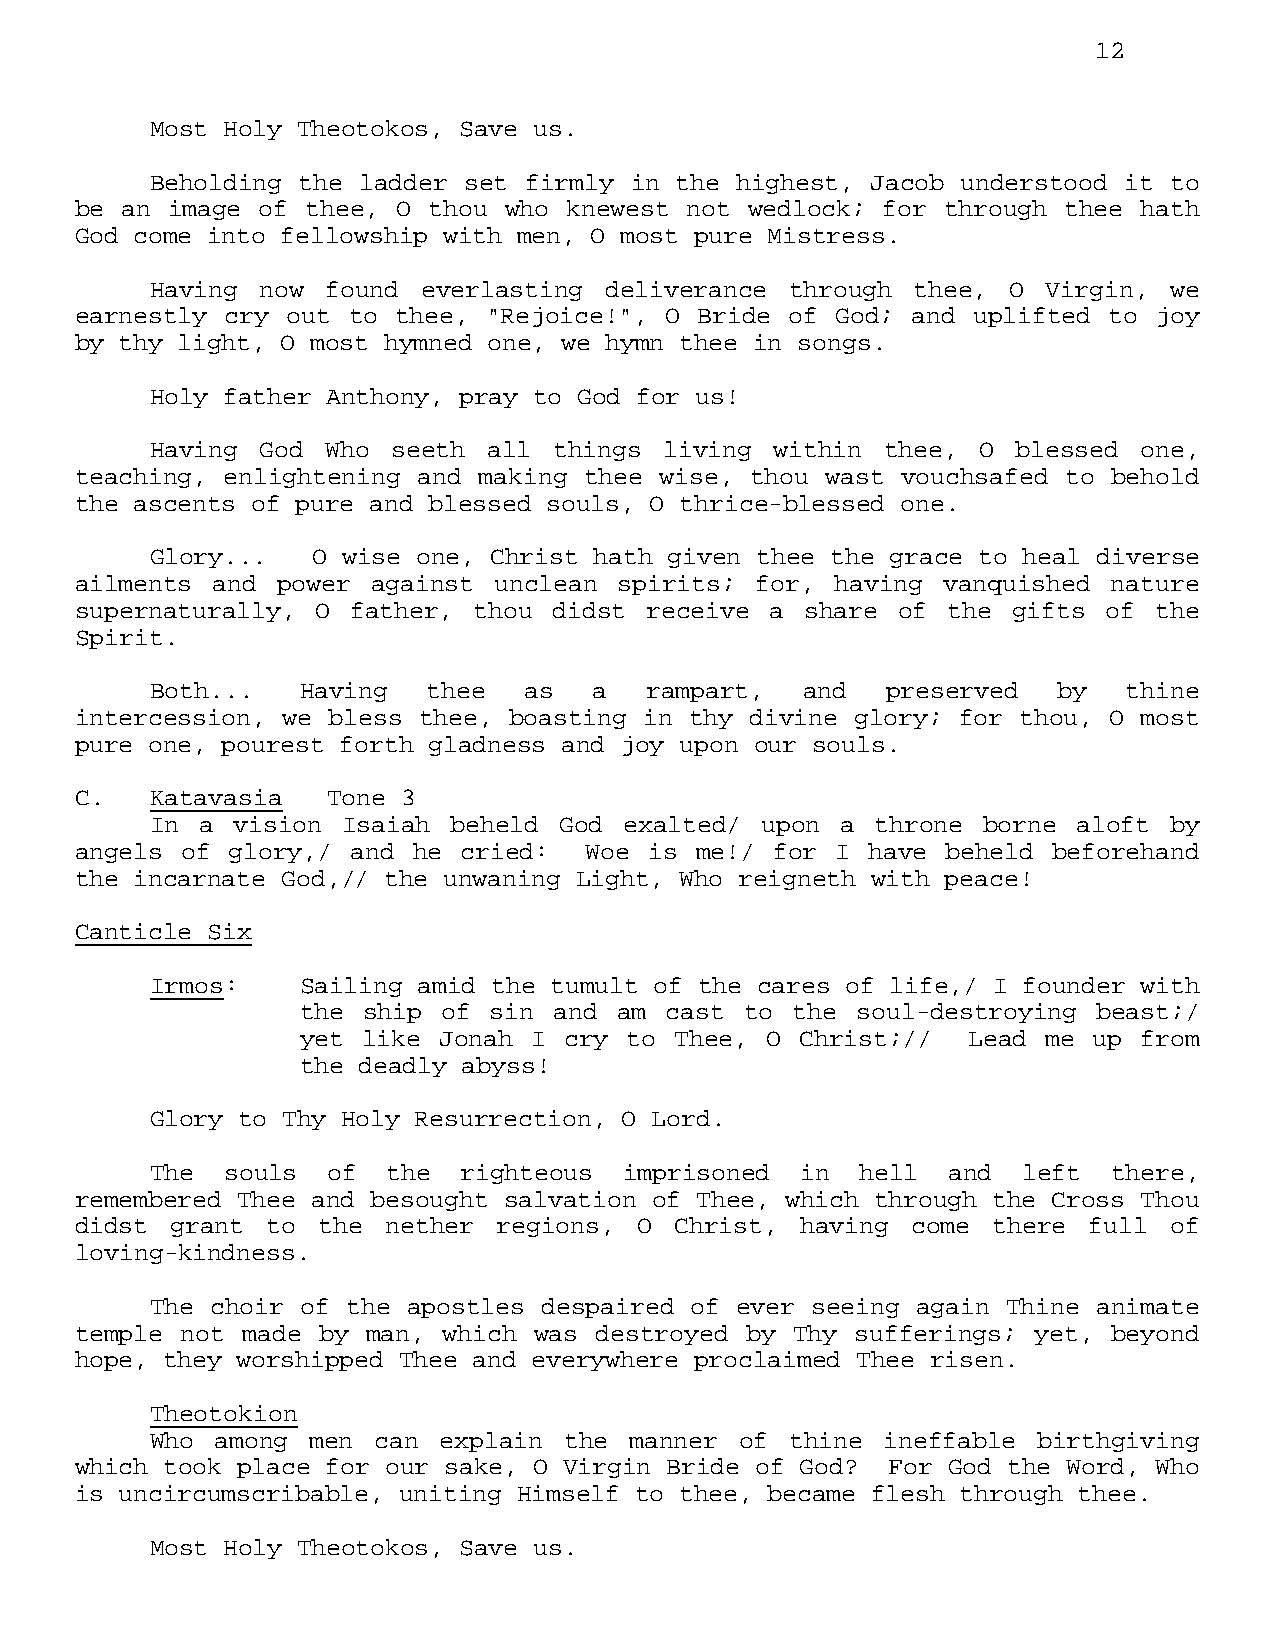
12
 Most Holy Theotokos, Save us.
 Beholding the ladder set firmly in the highest, Jacob understood it to
 be an image of thee, O thou who  knewest not wedlock; for through thee hath
 God come into fellowship with men, O most pure Mistress.
 Having now  found everlasting deliverance through  thee, O Virgin, we
 earnestly cry out to thee, "Rejoice!", O Bride of God; and uplifted to  joy
 by thy light, O most hymned one, we hymn thee in songs.
 Holy father Anthony, pray to God for us!
 Having God  Who seeth all  things living within  thee, O blessed  one,
 teaching, enlightening and making thee wise, thou wast vouchsafed to behold
 the ascents of pure and blessed souls, O thrice-blessed one.
 Glory...   O wise one, Christ hath given thee the grace to heal diverse
 ailments and power  against unclean spirits; for, having vanquished  nature
 supernaturally, O father, thou  didst receive a share  of the gifts of  the
 Spirit.
 Both...   Having  thee   as  a   rampart,  and   preserved  by   thine
 intercession, we bless thee, boasting in thy divine glory; for thou, O most
 pure one, pourest forth gladness and joy upon our souls.
 C.   Katavasia   Tone 3
 In a  vision Isaiah beheld God exalted/ upon  a throne borne aloft by
 angels of glory,/ and he  cried:  Woe is me!/ for I  have beheld beforehand
 the incarnate God,// the unwaning Light, Who reigneth with peace!
 Canticle Six
 Irmos:    Sailing amid the tumult of the cares of life,/ I founder with
 the ship of sin  and am cast to  the soul-destroying beast;/
 yet like Jonah I cry  to Thee, O Christ;//  Lead me up  from
 the deadly abyss!
 Glory to Thy Holy Resurrection, O Lord.
 The  souls  of  the  righteous imprisoned  in  hell  and  left  there,
 remembered Thee and besought salvation of Thee, which through the Cross Thou
 didst grant  to the  nether regions, O  Christ, having come  there full of
 loving-kindness.
 The choir of the apostles despaired of ever seeing again Thine animate
 temple not made by man, which was destroyed by  Thy sufferings; yet, beyond
 hope, they worshipped Thee and everywhere proclaimed Thee risen.
 Theotokion
 Who among  men can explain the  manner of thine  ineffable birthgiving
 which took place for our sake, O Virgin Bride of God? For God the Word, Who
 is uncircumscribable, uniting Himself to thee, became flesh through thee.
 Most Holy Theotokos, Save us.